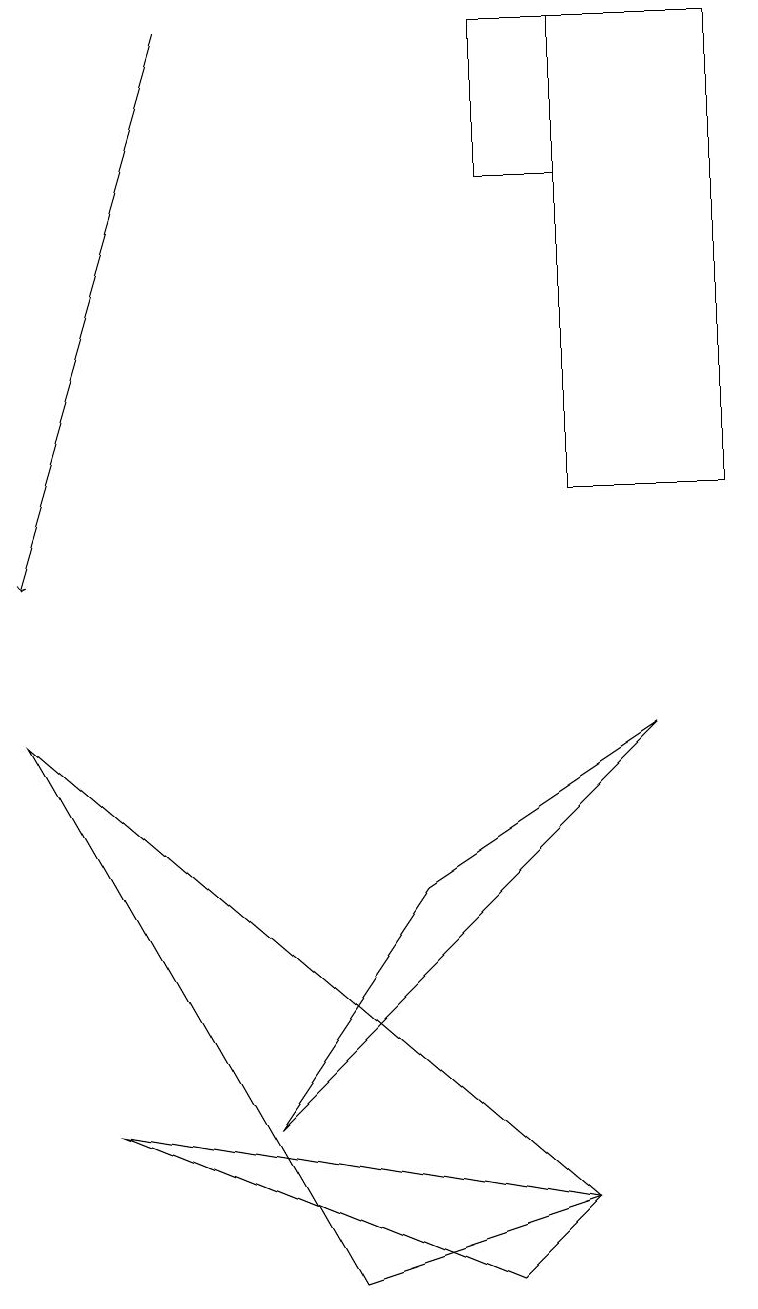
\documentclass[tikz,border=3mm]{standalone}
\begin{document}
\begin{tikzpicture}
\draw (0,9) -- (7,3) -- (4,2) -- cycle;
\draw (5,7) -- (3,4) -- (8,9) -- cycle;
\draw (9,12) rectangle (7,18);
\draw[->] (2,18) -- (0,11);
\draw (6,18) rectangle (7,16);
\draw (7,3) -- (1,4) -- (6,2) -- cycle;
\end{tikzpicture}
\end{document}